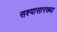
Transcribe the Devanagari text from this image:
सश्यासारख्या